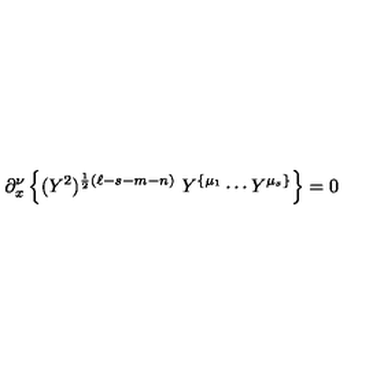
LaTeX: \partial _ { x } ^ { \nu } \left\{ ( Y ^ { 2 } ) ^ { \frac { 1 } { 2 } ( \ell - s - m - n ) } \ Y ^ { \{ \mu _ { 1 } } \cdots Y ^ { \mu _ { s } \} } \right\} = 0